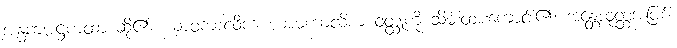
အန္ဓကအဋ္ဌကထာ ဆို၏၊ ယာဝကာလိက ယာမကာလိက ဝတ္ထုကို သိမ်းထားကောင်း၏၊ အန္တောဝုတ္ထအပြစ်